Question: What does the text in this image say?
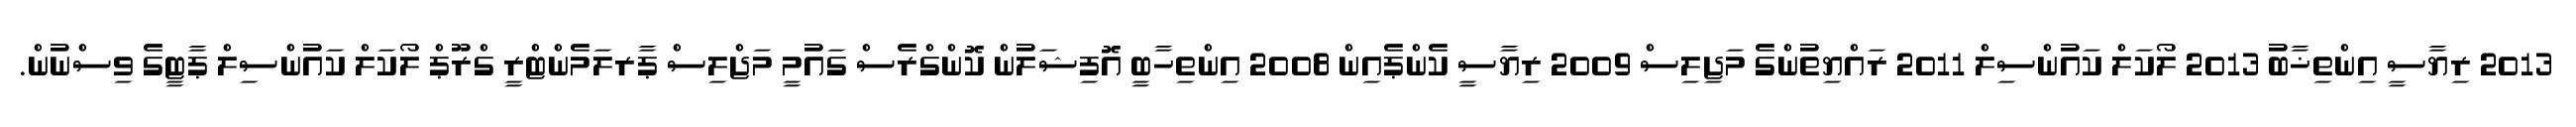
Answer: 2013 ރިޔާސީ އިންތިޚާބު 2013 ލޯކަލް ކައުންސިލް 2011 ރައްޔިތުންގެ މަޖިލިސް 2009 ރިޔާސީ ކެންޕެއިން 2008 އިންތިހާބީ އޮފިޝަލުން ކޮންގްރެސް ގައުމީ މަޖްލިސް ޕާރލަމެންޓްރީ ގްރޫޕް ލޯކަލް ކައުންސިލް ޕާޓީގެ ވިސްނުން.